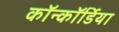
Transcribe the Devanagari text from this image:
कॉन्कॉर्डिया